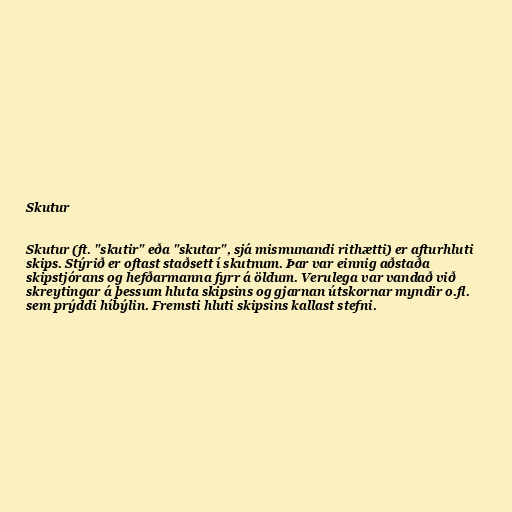
Skutur

Skutur (ft. "skutir" eða "skutar", sjá mismunandi rithætti) er afturhluti
skips. Stýrið er oftast staðsett í skutnum. Þar var einnig aðstaða
skipstjórans og hefðarmanna fyrr á öldum. Verulega var vandað við
skreytingar á þessum hluta skipsins og gjarnan útskornar myndir o.fl.
sem prýddi híbýlin. Fremsti hluti skipsins kallast stefni.